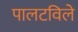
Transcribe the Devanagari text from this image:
पालटविले